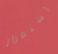
استمرار